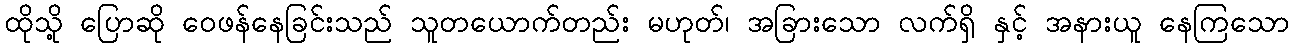
ထိုသို့ ပြောဆို ဝေဖန်နေခြင်းသည် သူတယောက်တည်း မဟုတ်၊ အခြားသော လက်ရှိ နှင့် အနားယူ နေကြသော